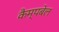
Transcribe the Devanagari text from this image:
कैम्‍पबेल